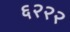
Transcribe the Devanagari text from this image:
६२२२